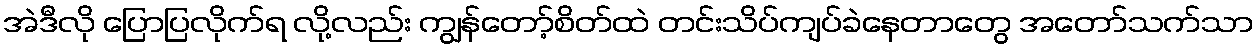
အဲဒီလို ပြောပြလိုက်ရ လို့လည်း ကျွန်တော့်စိတ်ထဲ တင်းသိပ်ကျပ်ခဲနေတာတွေ အတော်သက်သာ